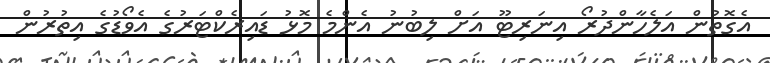
އެގޮތުން އަލެހާންދުރޯ އިނަރިޓޫ އަށް ލިބުނު އެންމެ މޮޅު ޑައިރެކްޓަރުގެ އެވޯޑުގެ އިތުރުން